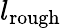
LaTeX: l_{\mathrm{rough}}